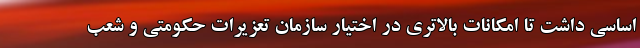
اساسی داشت تا امکانات بالاتری در اختیار سازمان تعزیرات حکومتی و شعب